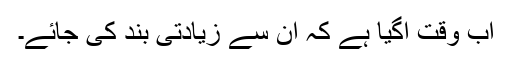
اب وقت آگیا ہے کہ ان سے زیادتی بند کی جائے۔